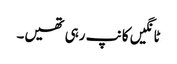
ٹانگیں کانپ رہی تھیں۔